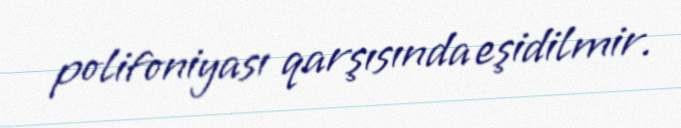
polifoniyası qarşısında eşidilmir.